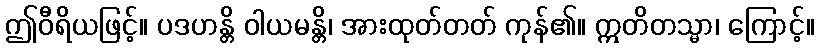
ဤဝီရိယဖြင့်။ ပဒဟန္တိ ဝါယမန္တိ၊ အားထုတ်တတ် ကုန်၏။ ဣတိတသ္မာ၊ ကြောင့်။